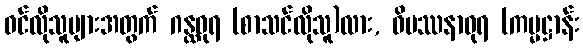
ဝင်လိုသူများအတွက် ဂန္ထဓုရ (စာသင်လိုသူ)လား, ဝိပဿနာဓုရ (ကမ္မဋ္ဌာန်း